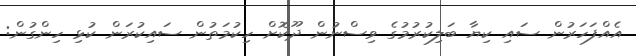
އެއްފަހަރުން ސައި ކިޔާ ބަލިކުރުމުގެ ވިސްނުން ދޫކޮށް ހިކުމަތުން ސައިކުރަން ކުޅި ހިންގުން: